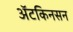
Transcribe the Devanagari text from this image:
अॅटकिनसन